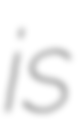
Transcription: is